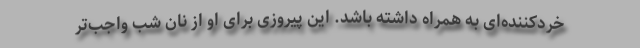
خردکننده‌ای به همراه داشته باشد.‌ این پیروزی برای او از نان شب واجب‌تر